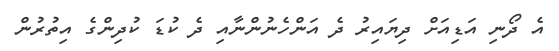
އެ ދޯނި އަޑިއަށް ދިޔައިރު ދެ އަންހެނުންނާއި ދެ ކުޑަ ކުދިންގެ އިތުރުން